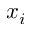
x _ { i }